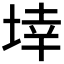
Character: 𭎬